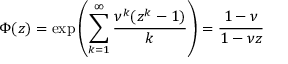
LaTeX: \Phi ( z ) = \exp \left( \sum _ { k = 1 } ^ { \infty } \frac { \nu ^ { k } ( z ^ { k } - 1 ) } { k } \right) = \frac { 1 - \nu } { 1 - \nu z }